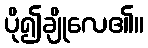
ပို၍ချိုလေ၏။